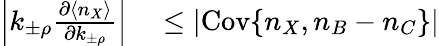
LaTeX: \begin{array}{rl}{\left|k_{\pm\rho}\frac{\partial\langle n_{X}\rangle}{\partial k_{\pm\rho}}\right|}&{{}\leq|\mathrm{Cov}\{ n_{X},n_{B}-n_{C}\} |}\end{array}